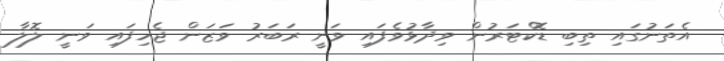
އެތަނުގައި ތިބި ޑޮކްޓަރުން ވިދާޅުވެފައި ވަނީ ރަބަރު ވަޒަން ޖެހިފައި ވަނީ ލޮލާ